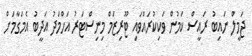
ޖަމީލް ނައިބު ރައީސް ކަމުން ވަކިކުރައްވައި ޓޫރިޒަމް މިނިސްޓަރު އަހްމަދު އަދީބު އެމަގާމަށް